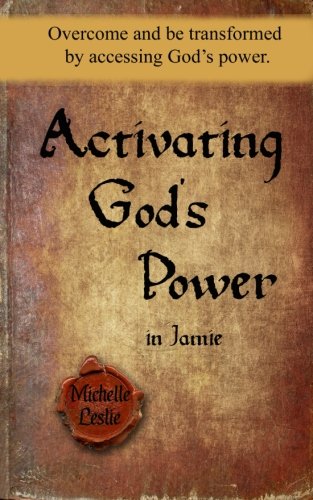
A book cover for Activating God's Power in Jamie (Feminine Version): Overcome and be transformed by accessing God's power.; Michelle Leslie; Christian Books & Bibles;